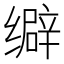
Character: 𦈞